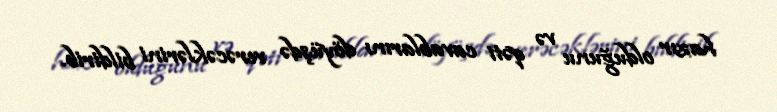
hazır olduğunu və qəti cavablarını döyüşdə verəcəklərini bildirib.